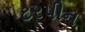
ટરપીન